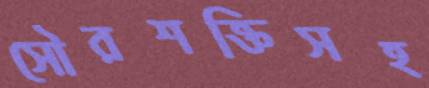
সৌরশক্তিসহ